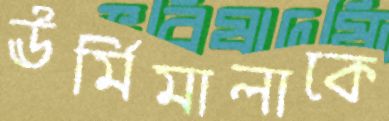
ঊর্মিমালাকে